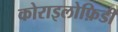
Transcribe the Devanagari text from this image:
कोराइलोफ़िडी